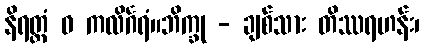
နိရတ္ထံ ဝ ကလိင်္ဂရံ။ဘိက္ခု - ချစ်သား တိဿရဟန်း၊